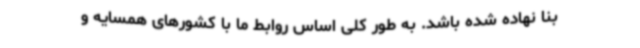
بنا نهاده شده باشد. به طور کلی اساس روابط ما با کشورهای همسایه و